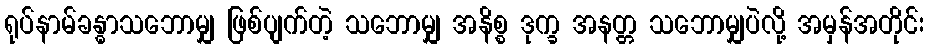
ရုပ်နာမ်ခန္ဓာသဘောမျှ ဖြစ်ပျက်တဲ့ သဘောမျှ အနိစ္စ ဒုက္ခ အနတ္တ သဘောမျှပဲလို့ အမှန်အတိုင်း